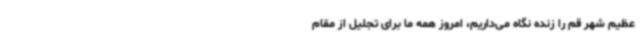
عظیم شهر قم را زنده نگاه می‌داریم، امروز همه ما برای تجلیل از مقام